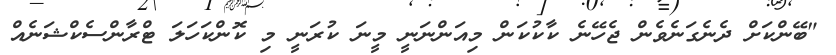
"ބޭންކަށް ދެނެގަނެވެން ޖެހޭނެ ކާކުކަން މިއަންނަނީ މީނަ ކުރަނީ މި ކޮންކަހަލަ ޓްރާންސެކްޝަނެއް